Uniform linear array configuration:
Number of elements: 32
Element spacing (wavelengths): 0.75
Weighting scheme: kaiser
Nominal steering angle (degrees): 0
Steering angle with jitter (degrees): -1.114
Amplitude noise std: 0.05
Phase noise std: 0.05

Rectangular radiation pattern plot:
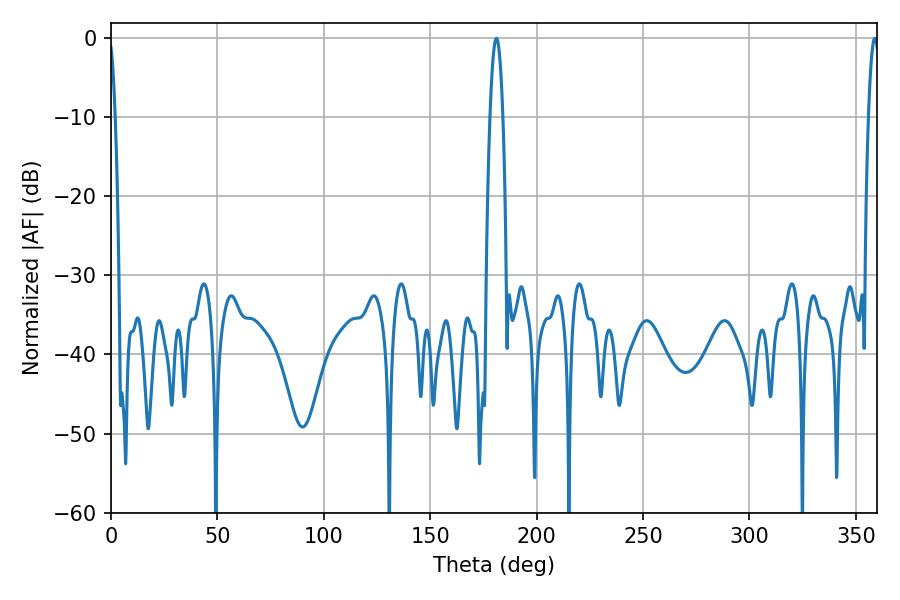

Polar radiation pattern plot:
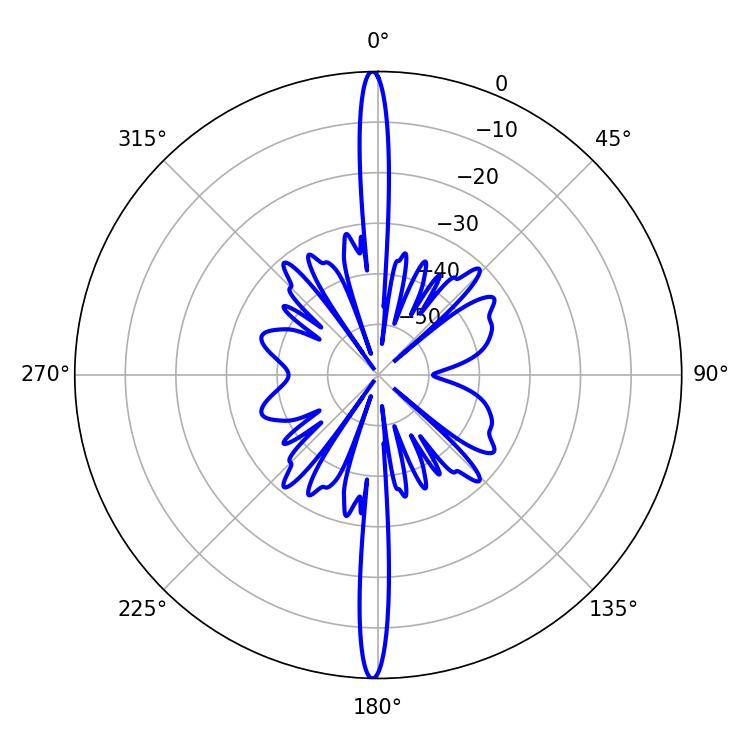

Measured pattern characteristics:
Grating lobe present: TRUE
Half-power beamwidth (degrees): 3.24
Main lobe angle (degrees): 181.08